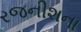
રજનીશના